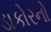
ડાકોરનો